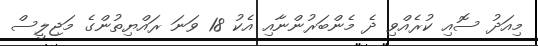
މިއަދު ސޮއި ކުރެއްވި ދެ މެންބަރުންނާއި އެކު 18 ވަނަ ރައްޔިތުންގެ މަޖިލީސް